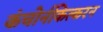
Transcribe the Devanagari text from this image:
कंचोर्नकित्करन